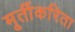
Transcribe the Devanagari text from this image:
मूर्तीकरिता